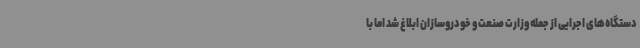
دستگاه‌های اجرایی از جمله وزارت صنعت و خودروسازان ابلاغ شد اما با